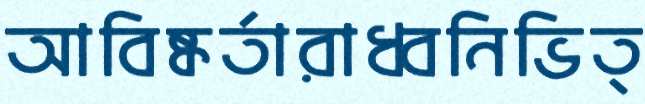
আবিষ্কর্তারাধ্বনিভিত্